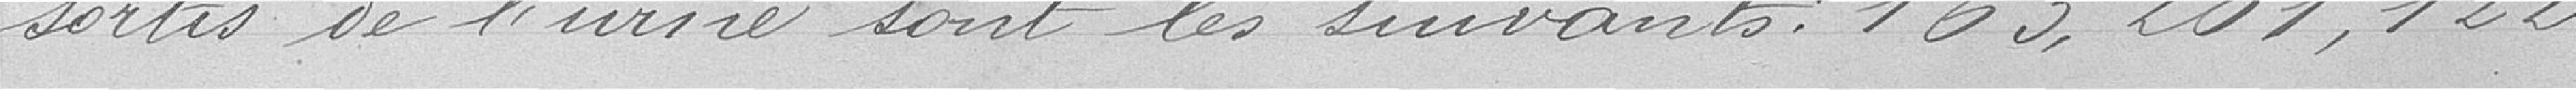
sortis de l'urne sont les suivants : 163, 2021, 122.